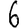
Digit: 6